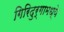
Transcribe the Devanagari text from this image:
गिरिदुर्गामध्ये